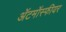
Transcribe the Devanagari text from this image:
ॲटमॉस्फीयर